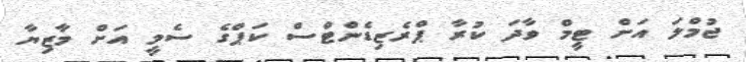
ޖުމްލަ އަށް ޓީމް ވާދަ ކުރާ ޕްރެޒިޑެންޓްސް ކަޕްގެ ސެމީ އަށް މާޒިޔާ